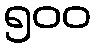
၅၀၀